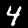
Digit: 4